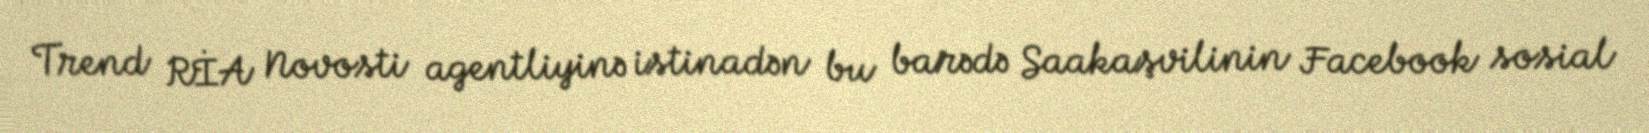
Trend RİA Novosti agentliyinə istinadən bu barədə Saakaşvilinin Facebook sosial